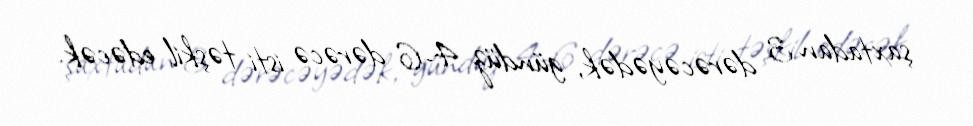
şaxtadan 3 dərəcəyədək, gündüz 4-6 dərəcə isti təşkil edəcək.